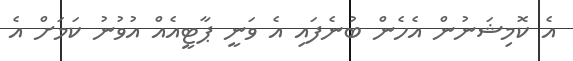
އެ ކޮމިޝަނުން އެހެން ބުނެފައި އެ ވަނީ ޕާޓީއެއް އުވުނު ކަމަށް އެ